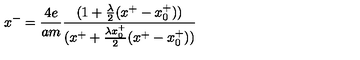
x ^ { - } = { \frac { 4 e } { a m } } { \frac { ( 1 + { \frac { \lambda } { 2 } } ( x ^ { + } - x _ { 0 } ^ { + } ) ) } { ( x ^ { + } + { \frac { \lambda x _ { 0 } ^ { + } } { 2 } } ( x ^ { + } - x _ { 0 } ^ { + } ) ) } }